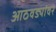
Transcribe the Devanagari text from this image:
आठवड्यांवर